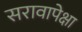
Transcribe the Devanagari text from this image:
सरावापेक्षा